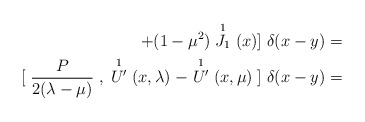
\begin{align*}+(1-\mu^{2}) \stackrel{1}{J_{1}}(x) {]} \; \delta(x-y)= \\{[}\;\frac{P}{2(\lambda-\mu)}\;,\;\stackrel{1}{U^{\prime}}(x,\lambda) \; - \stackrel{1}{U^{\prime}}(x,\mu)\;{]} \; \delta(x-y) =\end{align*}